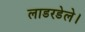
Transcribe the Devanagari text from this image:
लाडरडेले।